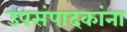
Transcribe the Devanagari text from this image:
उपसंपादकांना